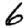
Digit: 6